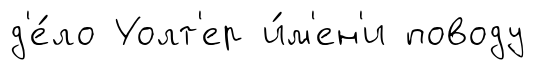
д'е́ло Уолт'ер и́м'ен'и поводу